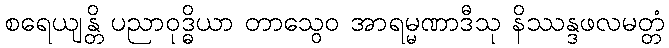
စရေယျန္တိ ပညာဝုဒ္ဓိယာ တာသွေဝ အာရမ္မဏာဒီသု နိဿန္ဒဖလမတ္တံ